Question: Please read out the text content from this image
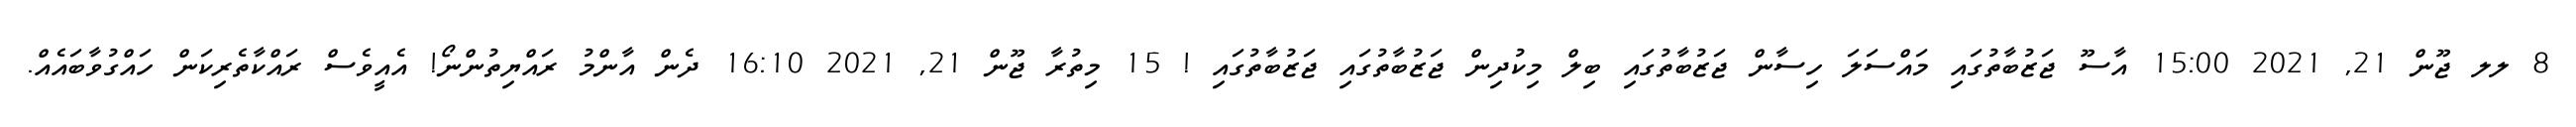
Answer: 8 ލލ ޖޫން 21, 2021 15:00 އާސޫ ޖަޒުބާތުގައި މައްސަލަ ހިސާން ޖަޒުބާތުގައި ބިލް މިކުދިން ޖަޒުބާތުގައި ޖަޒުބާތުގައި ! 15 މިތުރާ ޖޫން 21, 2021 16:10 ދެން އާންމު ރައްޔިތުންނޯ! އެއީވެސް ރައްކާތެރިކަން ހައްގުވާބައެއް.